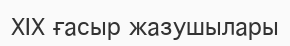
XIX ғасыр жазушылары